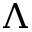
\Lambda